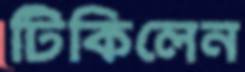
টিকিলেন